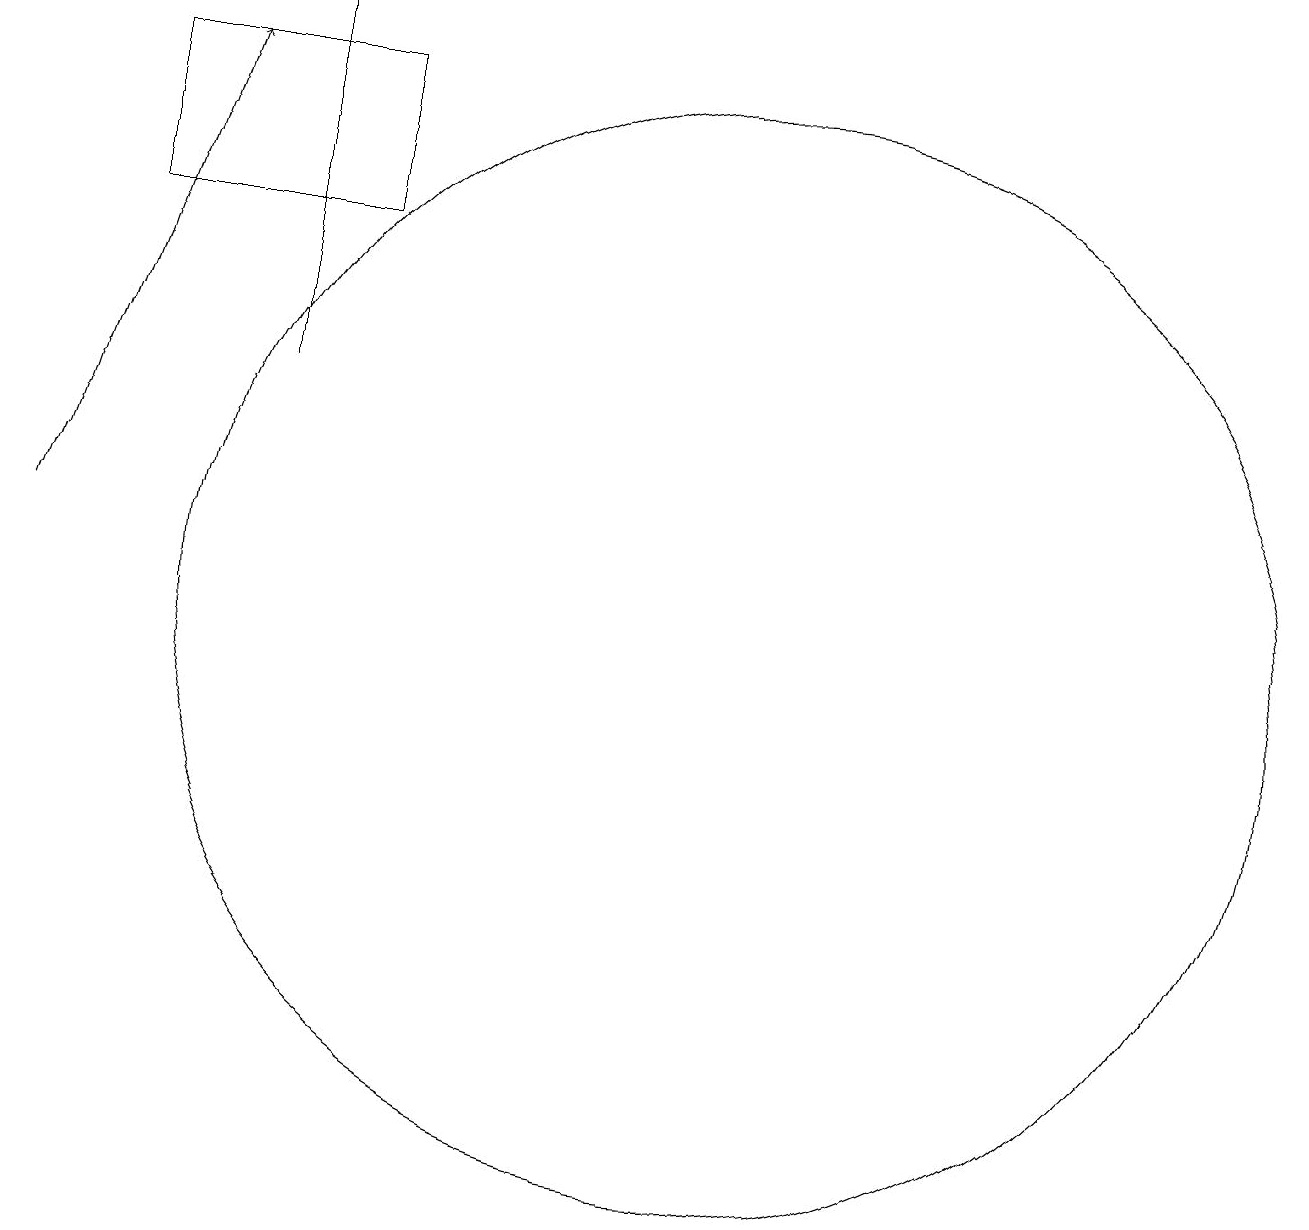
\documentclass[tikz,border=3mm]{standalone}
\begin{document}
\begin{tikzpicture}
\draw (11,10) circle (7);
\draw (5,13) rectangle (5,18);
\draw (3,15) rectangle (6,17);
\draw[->] (2,11) -- (4,17);
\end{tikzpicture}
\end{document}